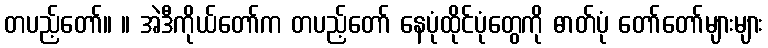
တပည့်တော်။ ။ အဲဒီကိုယ်တော်က တပည့်တော် နေပုံထိုင်ပုံတွေကို ဓာတ်ပုံ တော်တော်များများ